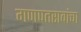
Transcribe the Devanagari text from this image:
गणपतरावांचा